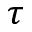
\tau